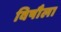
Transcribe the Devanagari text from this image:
विषौला